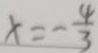
x = - \frac { 4 } { 3 }